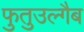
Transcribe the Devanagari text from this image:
फुतुउल्गैब